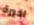
اخيرة